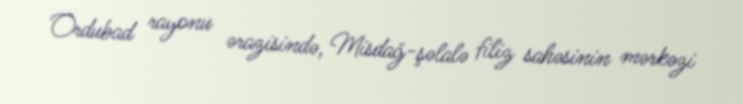
Ordubad rayonu ərazisində, Misdağ-şəlalə filiz sahəsinin mərkəzi